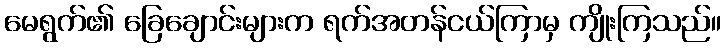
မေရွက်၏ ခြေချောင်းများက ရက်အတန်ငယ်ကြာမှ ကျိုးကြသည်။